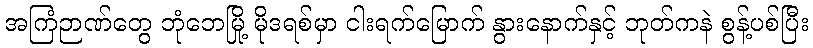
အကြံဉာဏ်တွေ ဘုံဘေမြို့ မိုဒရစ်မှာ ငါးရက်မြောက် နွားနောက်နှင့် ဘုတ်ကနဲ စွန့်ပစ်ပြီး